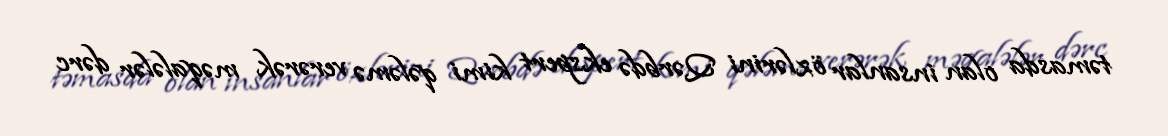
təmasda olan insanlar özlərini Qərbdə ekspert kimi qələmə verərək məqalələr dərc